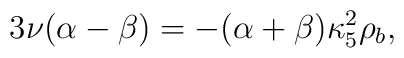
3\nu(\alpha-\beta)=-(\alpha+\beta)\kappa^2_5\rho_b,